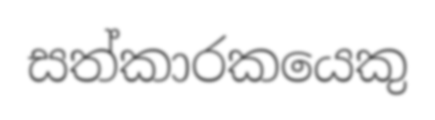
සත්කාරකයෙකු